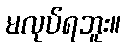
မလုပ်ရဘူး။